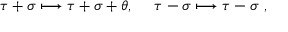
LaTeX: \tau + \sigma \longmapsto \tau + \sigma + \theta , \ \quad \tau - \sigma \longmapsto \tau - \sigma \ ,